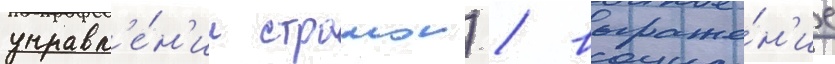
управл'е́н'ии странои) / выраже́н'ие